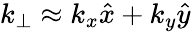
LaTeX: k_{\perp}\approx k_{x}\hat{x}+k_{y}\hat{y}